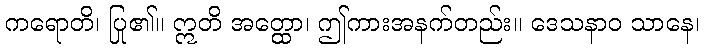
ကရောတိ၊ ပြု၏။ ဣတိ အတ္ထော၊ ဤကားအနက်တည်း။ ဒေသနာဝ သာနေ၊